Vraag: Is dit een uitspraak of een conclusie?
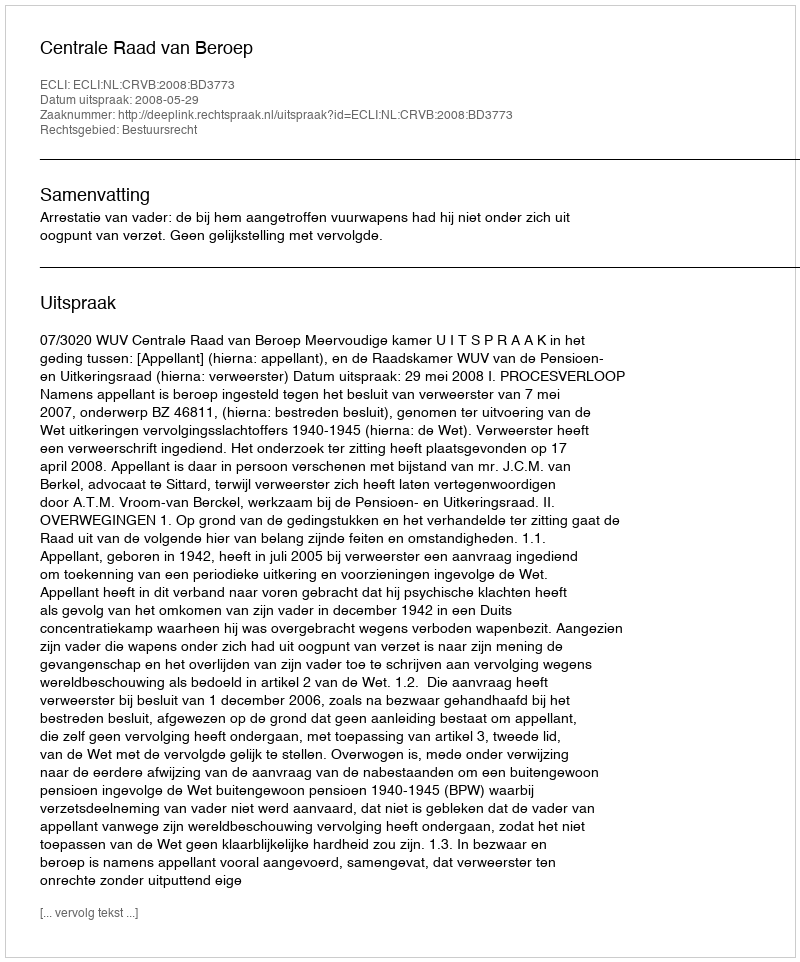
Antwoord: Uitspraak